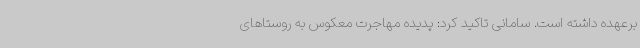
برعهده داشته است. سامانی تاکید کرد: پدیده مهاجرت معکوس به روستاهای